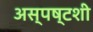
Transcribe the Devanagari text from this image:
अस्पष्टशी